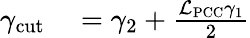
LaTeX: \begin{array}{rl}{\gamma_{\mathrm{cut}}}&{{}=\gamma_{2}+\frac{\mathcal{L}_{\mathrm{PCC}}\gamma_{1}}{2}}\end{array}